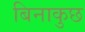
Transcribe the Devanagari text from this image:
बिनाकुछ